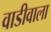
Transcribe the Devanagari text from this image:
वाडीवाला